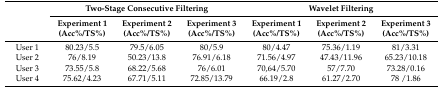
| <ROWSPAN=2>  | <COLSPAN=3> Two-Stage Consecutive Filtering | <COLSPAN=3> Wavelet Filtering |
 | Experiment 1 (Acc%/TS%) | Experiment 2 (Acc%/TS%) | Experiment 3 (Acc%/TS%) | Experiment 1 (Acc%/TS%) | Experiment 2 (Acc%/TS%) | Experiment 3 (Acc%/TS%) |
 | --- | --- | --- | --- | --- | --- | --- |
 | User 1 | 80.23/5.5 | 79.5/6.05 | 80/5.9 | 80/4.47 | 75.36/1.19 | 81/3.31 |
 | User 2 | 76/8.19 | 50.23/13.8 | 76.91/6.18 | 71.56/4.97 | 47.43/11.96 | 65.23/10.18 |
 | User 3 | 73.55/5.8 | 68.22/5.68 | 76/6.01 | 70,64/5.70 | 57/7.70 | 73.28/0.16 |
 | User 4 | 75.62/4.23 | 67.71/5.11 | 72.85/13.79 | 66.19/2.8 | 61.27/2.70 | 78 /1.86 |